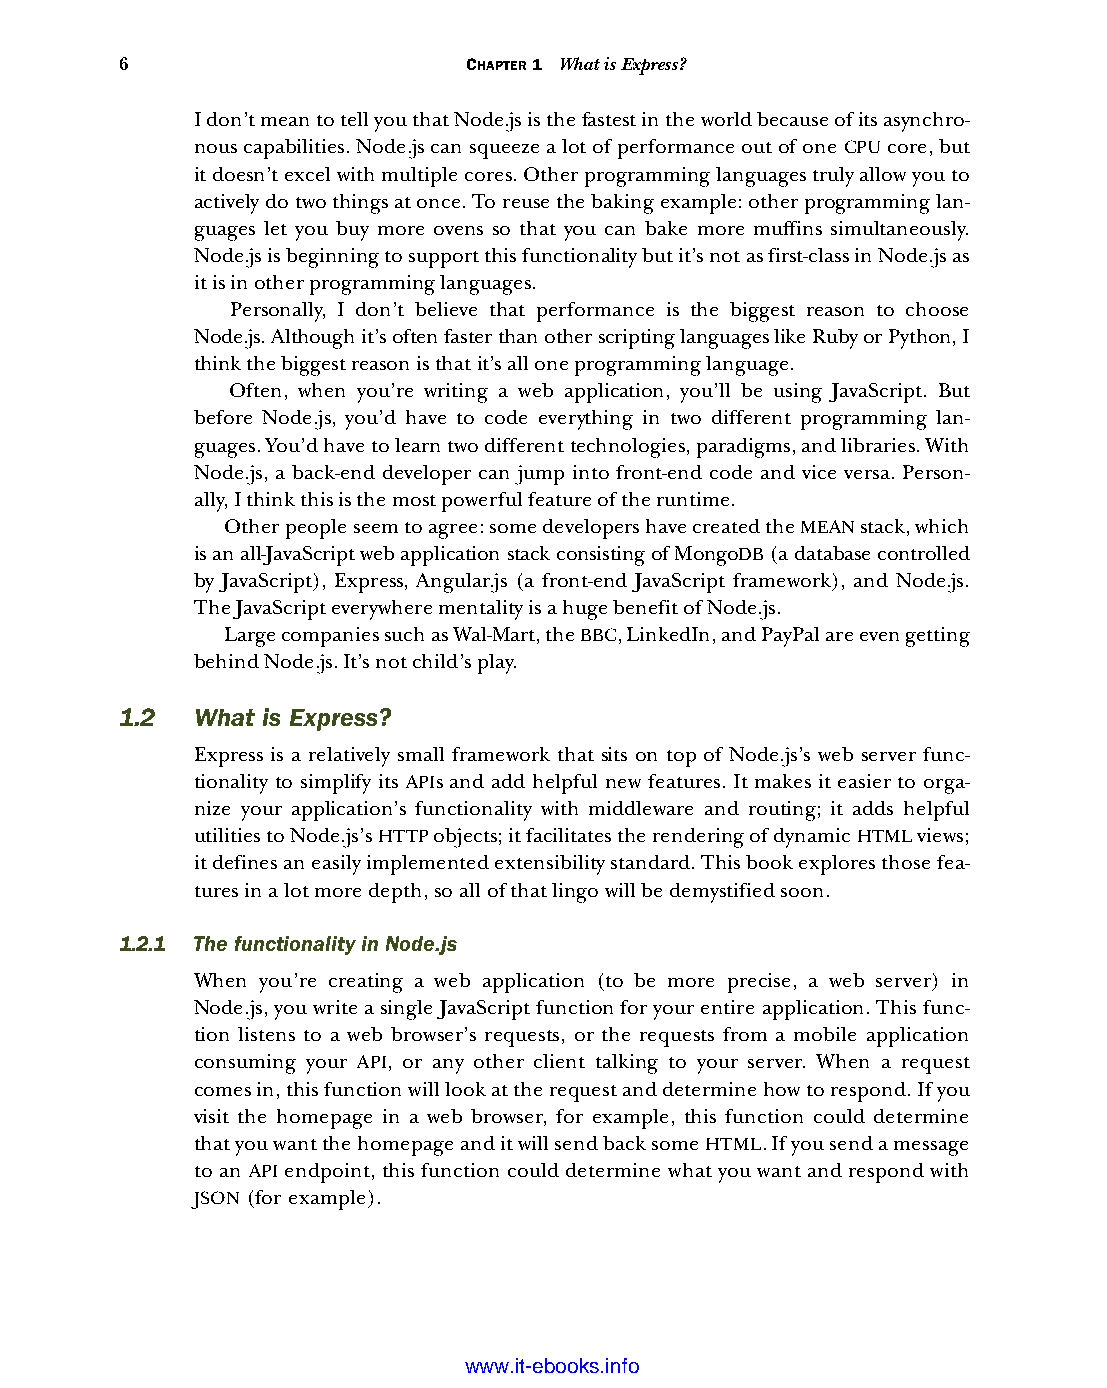
6                      CHAPTER 1 What is Express?
 I don’t mean to tell you that Node.js is the fastest in the world because of its asynchro-
 nous capabilities. Node.js can squeeze a lot of performance out of one CPU core, but
 it doesn’t excel with multiple cores. Other programming languages truly allow you to
 actively do two things at once. To reuse the baking example: other programming lan-
 guages let you buy more ovens so that you can bake more muffins simultaneously.
 Node.js is beginning to support this functionality but it’s not as first-class in Node.js as
 it is in other programming languages.
 Personally, I don’t believe that performance is the biggest reason to choose
 Node.js. Although it’s often faster than other scripting languages like Ruby or Python, I
 think the biggest reason is that it’s all one programming language.
 Often, when you’re writing a web application, you’ll be using JavaScript. But
 before Node.js, you’d have to code everything in two different programming lan-
 guages. You’d have to learn two different technologies, paradigms, and libraries. With
 Node.js, a back-end developer can jump into front-end code and vice versa. Person-
 ally, I think this is the most powerful feature of the runtime.
 Other people seem to agree: some developers have created the MEAN stack, which
 is an all-JavaScript web application stack consisting of MongoDB (a database controlled
 by JavaScript), Express, Angular.js (a front-end JavaScript framework), and Node.js.
 The JavaScript everywhere mentality is a huge benefit of Node.js.
 Large companies such as Wal-Mart, the BBC, LinkedIn, and PayPal are even getting
 behind Node.js. It’s not child’s play.
 1.2  What is Express?
 Express is a relatively small framework that sits on top of Node.js’s web server func-
 tionality to simplify its APIs and add helpful new features. It makes it easier to orga-
 nize your application’s functionality with middleware and routing; it adds helpful
 utilities to Node.js’s HTTP objects; it facilitates the rendering of dynamic HTML views;
 it defines an easily implemented extensibility standard. This book explores those fea-
 tures in a lot more depth, so all of that lingo will be demystified soon.
 1.2.1 The functionality in Node.js
 When you’re creating a web application (to be more precise, a web server) in
 Node.js, you write a single JavaScript function for your entire application. This func-
 tion listens to a web browser’s requests, or the requests from a mobile application
 consuming your API, or any other client talking to your server. When a request
 comes in, this function will look at the request and determine how to respond. If you
 visit the homepage in a web browser, for example, this function could determine
 that you want the homepage and it will send back some HTML. If you send a message
 to an API endpoint, this function could determine what you want and respond with
 JSON (for example).
 Licensed wtow w <.mit-ielebro.8o8k8s@.ingfomail.com>